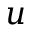
u